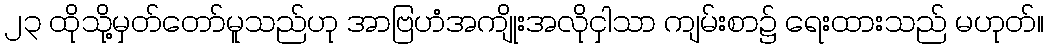
၂၃ ထိုသို့မှတ်တော်မူသည်ဟု အာဗြဟံအကျိုးအလိုငှါသာ ကျမ်းစာ၌ ရေးထားသည် မဟုတ်။